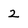
Character: 2